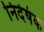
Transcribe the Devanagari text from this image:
निर्देषंक